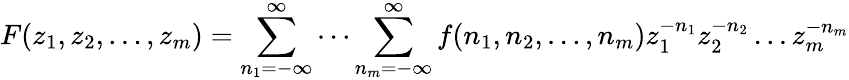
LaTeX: F(z_{1},z_{2},\ldots,z_{m})=\sum_{n_{1}=-\infty}^{\infty}\cdots\sum_{n_{m}=-\infty}^{\infty}f(n_{1},n_{2},\ldots,n_{m})z_{1}^{-n_{1}}z_{2}^{-n_{2}}\ldots z_{m}^{-n_{m}}